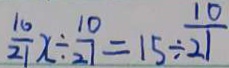
\frac { 1 0 } { 2 1 } x \div \frac { 1 0 } { 2 7 } = 1 5 \div \frac { 1 0 } { 2 1 }